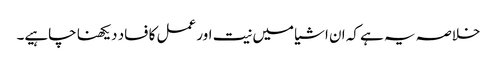
خلاصہ یہ ہے کہ ان اشیا میں نیت اور عمل کا فساد دیکھنا چاہیے۔